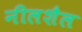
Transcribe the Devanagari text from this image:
नीलशैल